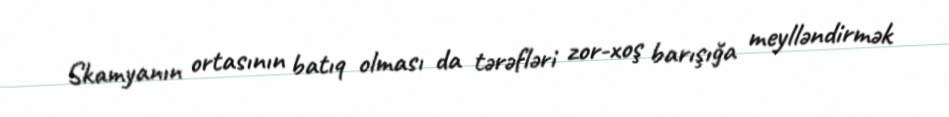
Skamyanın ortasının batıq olması da tərəfləri zor-xoş barışığa meylləndirmək